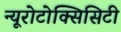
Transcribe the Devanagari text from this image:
न्यूरोटोक्सिसिटी